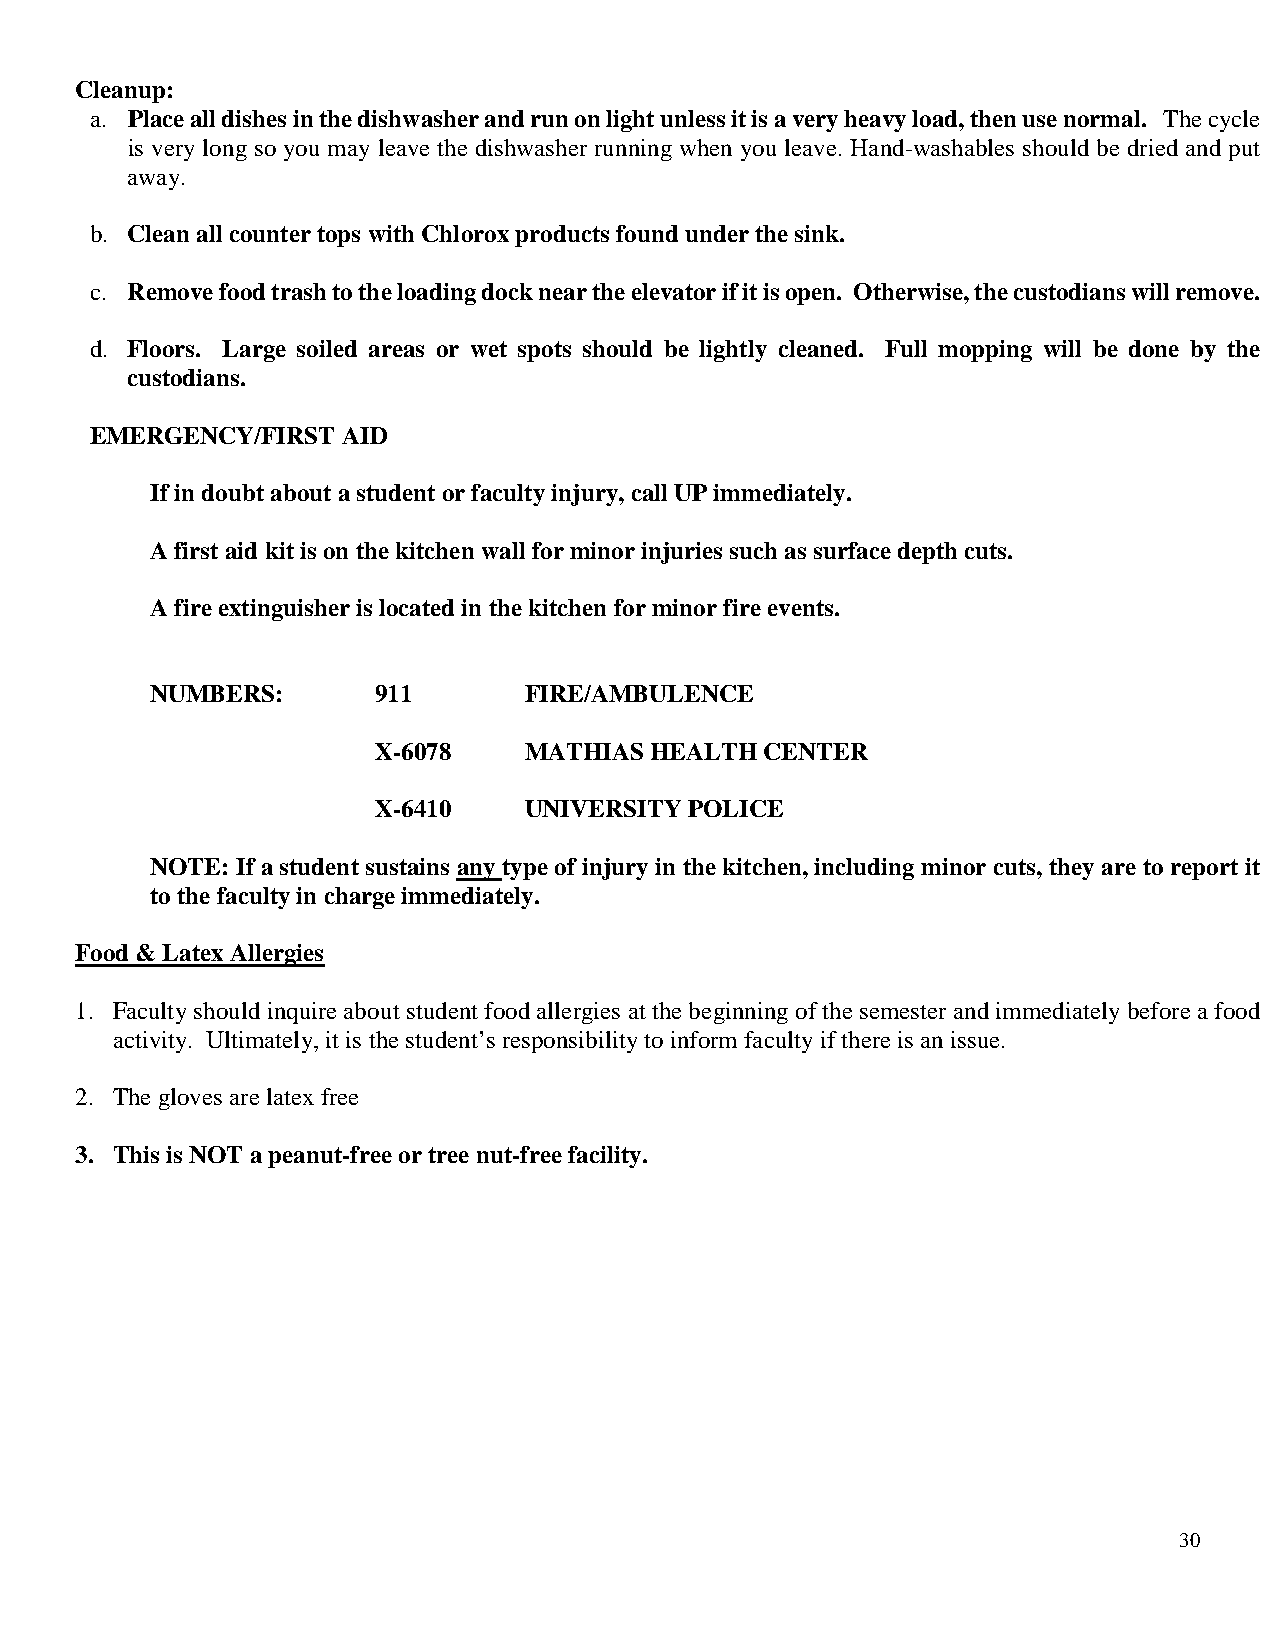
Cleanup:
 a. Place all dishes in the dishwasher and run on light unless it is a very heavy load, then use normal. The cycle
 is very long so you may leave the dishwasher running when you leave. Hand-washables should be dried and put
 away.
 b. Clean all counter tops with Chlorox products found under the sink.
 c. Remove food trash to the loading dock near the elevator if it is open. Otherwise, the custodians will remove.
 d. Floors. Large soiled areas or wet spots should be lightly cleaned. Full mopping will be done by the
 custodians.
 EMERGENCY/FIRST  AID
 If in doubt about a student or faculty injury, call UP immediately.
 A first aid kit is on the kitchen wall for minor injuries such as surface depth cuts.
 A fire extinguisher is located in the kitchen for minor fire events.
 NUMBERS:       911       FIRE/AMBULENCE
 X-6078    MATHIAS HEALTH  CENTER
 X-6410    UNIVERSITY POLICE
 NOTE: If a student sustains any type of injury in the kitchen, including minor cuts, they are to report it
 to the faculty in charge immediately.
 Food & Latex Allergies
 1. Faculty should inquire about student food allergies at the beginning of the semester and immediately before a food
 activity. Ultimately, it is the student’s responsibility to inform faculty if there is an issue.
 2. The gloves are latex free
 3. This is NOT a peanut-free or tree nut-free facility.
 30